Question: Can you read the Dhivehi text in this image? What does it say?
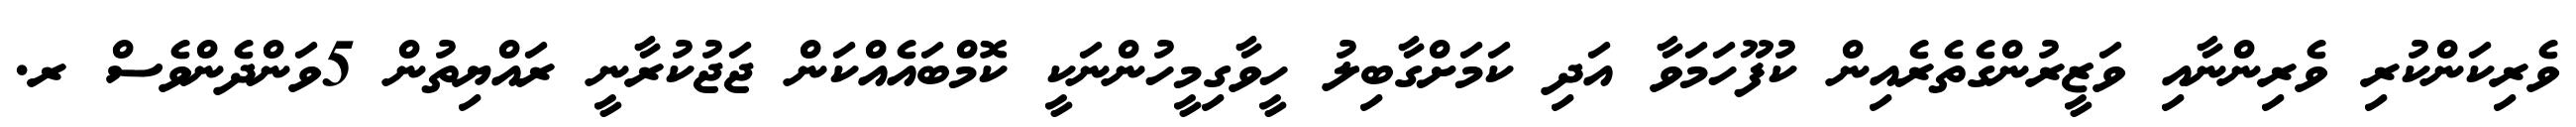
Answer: ވެރިކަންކުރި ވެރިންނާއި ވަޒީރުންގެތެރެއިން ކުފޫހަމަވާ އަދި ކަމަށްގާބިލު ހީވާގިމީހުންނަކީ ކޮމްބައެއްކަން ޖަޖުކުރާނީ ރައްޔިތުން 5ވަންދެންވެސް ރ.